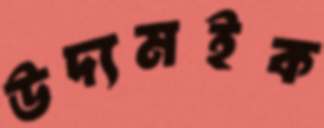
উদ্যমইক